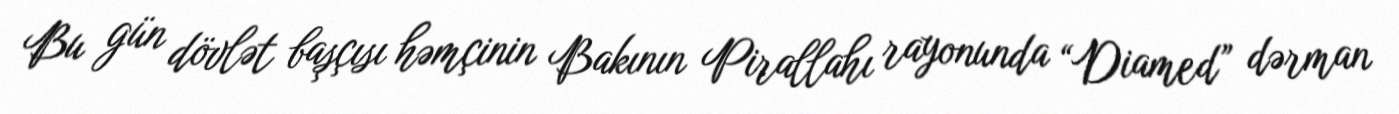
Bu gün dövlət başçısı həmçinin Bakının Pirallahı rayonunda “Diamed” dərman